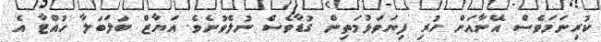
ކުރިނަމަވެސް އޭނާއަށް ހުރި ފިޔަވަޅުމަތިން ގުޑާވެސް ނުލެވުނެވެ. އަޔާޒް ބަލަބަލާ ހުއްޓާ އެ